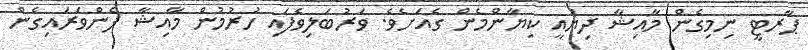
ޕާރޓީ ނިމިގެން މާއިޝާ ދިޔައީ ކިޔާންމެން ގެއަށެވެ. ވަރުބަލިވެފައި ހުރުމުން މާއިޝާ ފެންވަރައިގެން